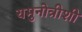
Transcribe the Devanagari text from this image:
यमुनोत्रीशी